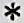
*